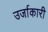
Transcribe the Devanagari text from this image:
उर्जाकारी